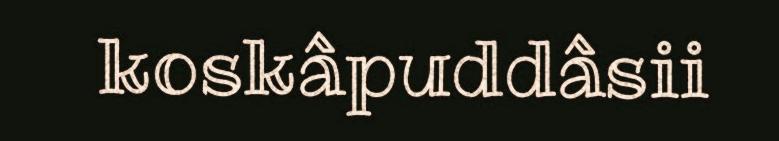
koskâpuddâsii